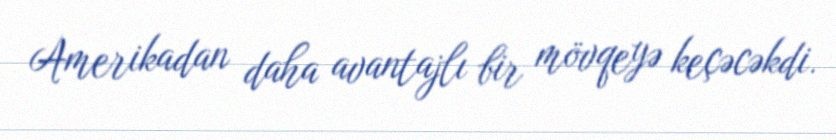
Amerikadan daha avantajlı bir mövqeyə keçəcəkdi.